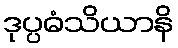
ဒုပ္ပဓံသိယာနိ